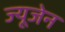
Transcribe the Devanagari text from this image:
ज्यूजेन